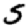
Digit: 5